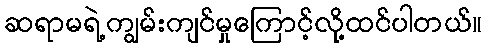
ဆရာမရဲ့ကျွမ်းကျင်မှုကြောင့်လို့ထင်ပါတယ်။